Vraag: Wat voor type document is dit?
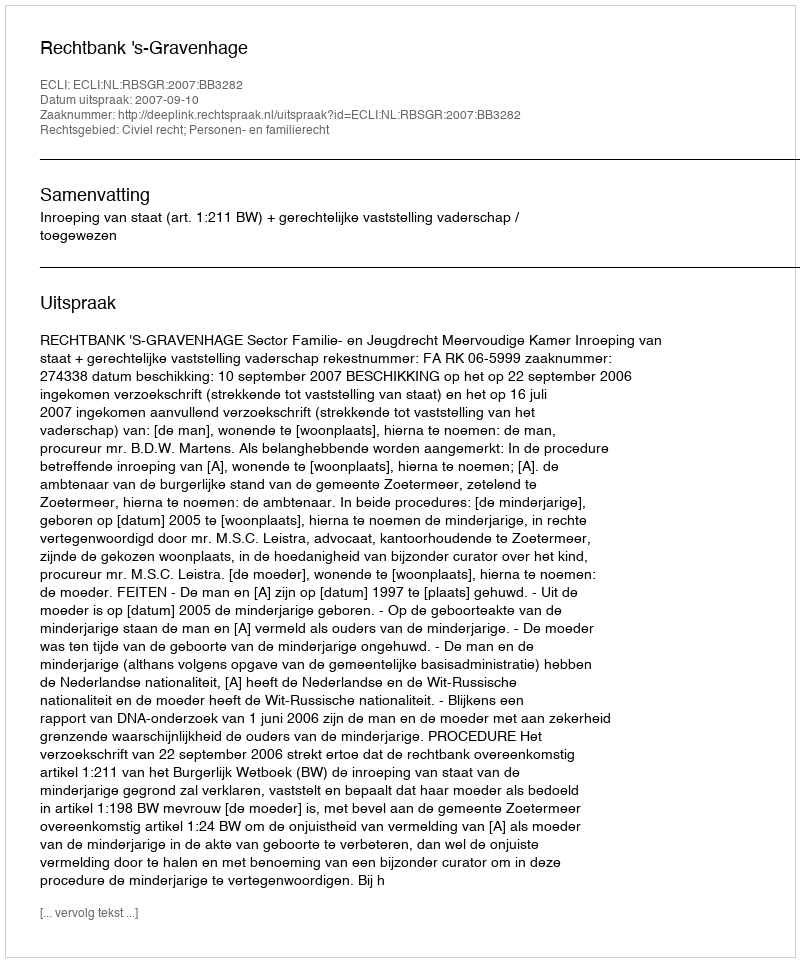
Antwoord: Uitspraak